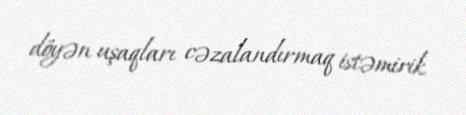
döyən uşaqları cəzalandırmaq istəmirik.